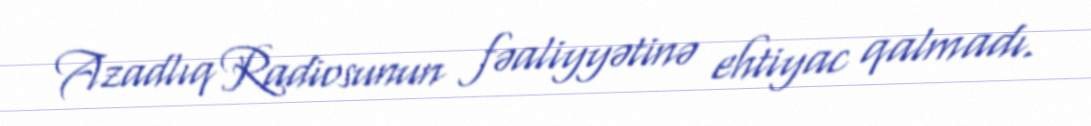
Azadlıq Radiosunun fəaliyyətinə ehtiyac qalmadı.